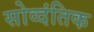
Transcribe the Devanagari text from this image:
सोव्दंतिक